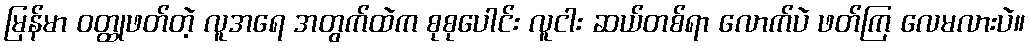
မြန်မာ ဝတ္ထုဖတ်တဲ့ လူအရေ အတွက်ထဲက စုစုပေါင်း လူငါး ဆယ်တစ်ရာ လောက်ပဲ ဖတ်ကြ လေမလားပဲ။